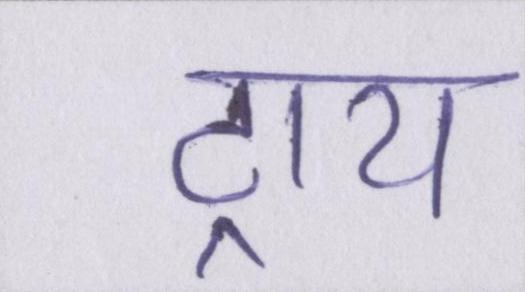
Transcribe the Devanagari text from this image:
ट्राय